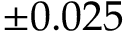
\pm 0 . 0 2 5 \